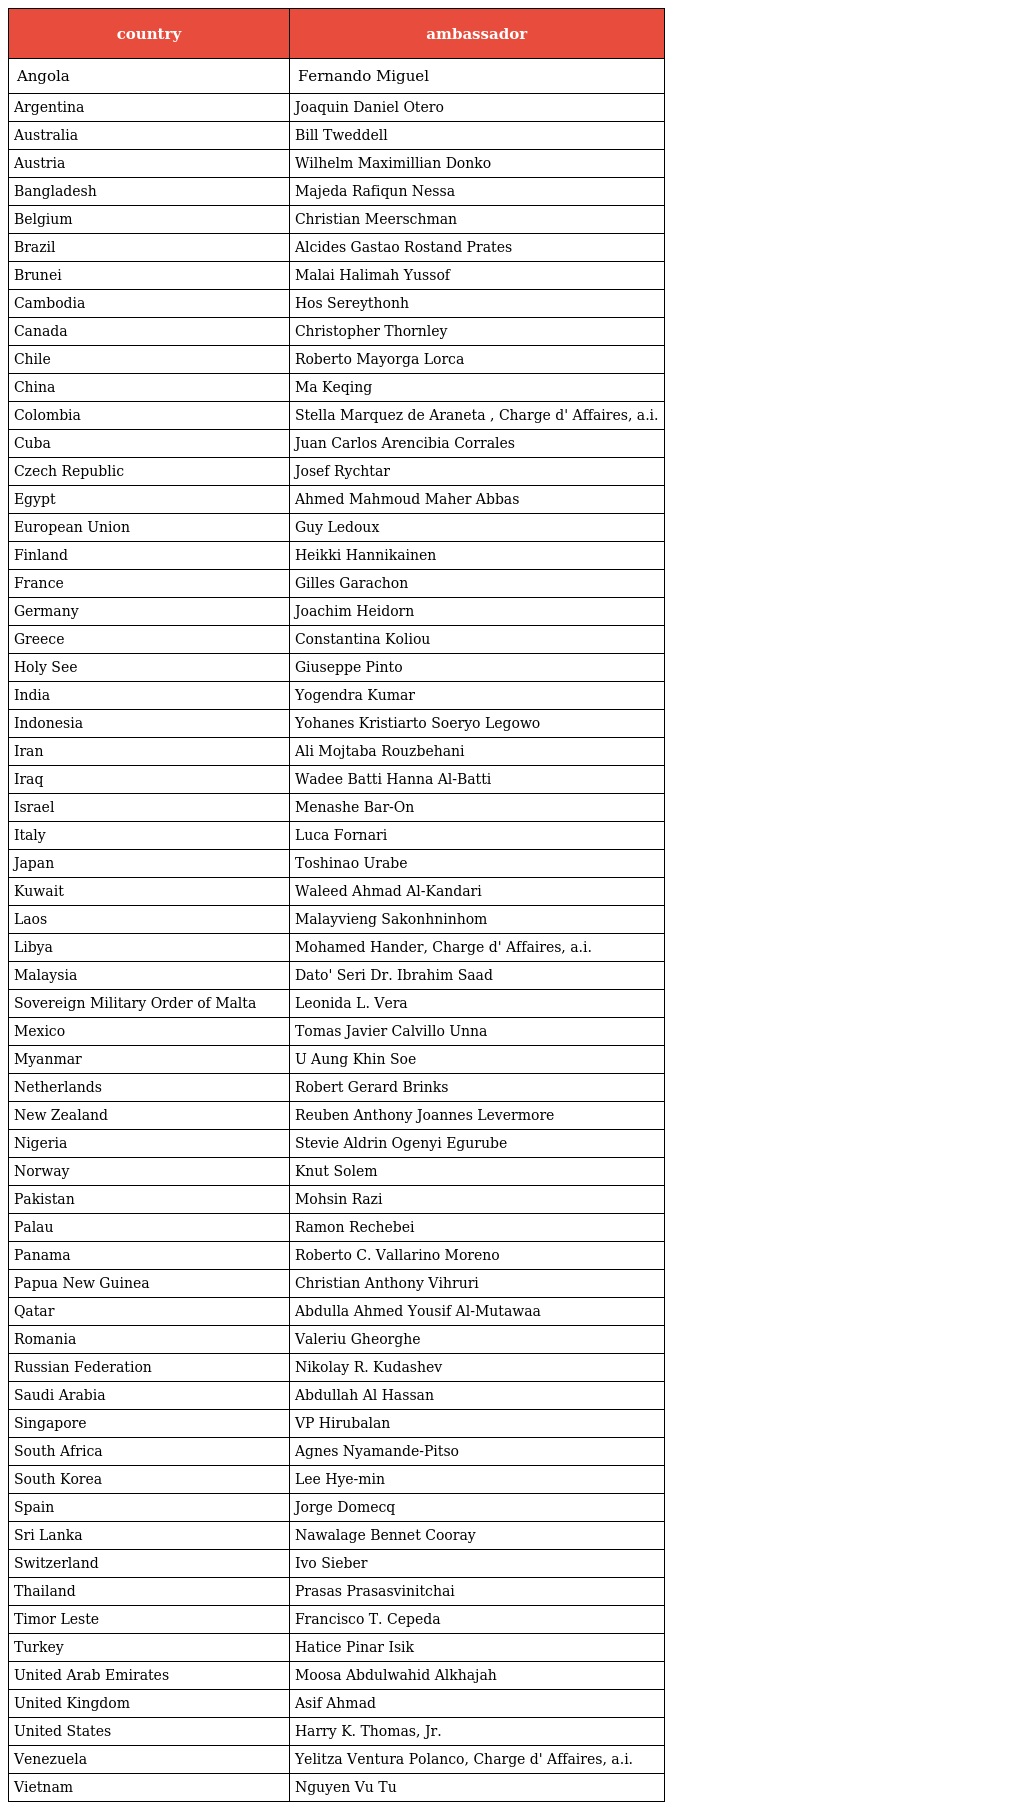
| country | ambassador |
 | --- | --- |
 | Angola | Fernando Miguel |
 | Argentina | Joaquin Daniel Otero |
 | Australia | Bill Tweddell |
 | Austria | Wilhelm Maximillian Donko |
 | Bangladesh | Majeda Rafiqun Nessa |
 | Belgium | Christian Meerschman |
 | Brazil | Alcides Gastao Rostand Prates |
 | Brunei | Malai Halimah Yussof |
 | Cambodia | Hos Sereythonh |
 | Canada | Christopher Thornley |
 | Chile | Roberto Mayorga Lorca |
 | China | Ma Keqing |
 | Colombia | Stella Marquez de Araneta , Charge d' Affaires, a.i. |
 | Cuba | Juan Carlos Arencibia Corrales |
 | Czech Republic | Josef Rychtar |
 | Egypt | Ahmed Mahmoud Maher Abbas |
 | European Union | Guy Ledoux |
 | Finland | Heikki Hannikainen |
 | France | Gilles Garachon |
 | Germany | Joachim Heidorn |
 | Greece | Constantina Koliou |
 | Holy See | Giuseppe Pinto |
 | India | Yogendra Kumar |
 | Indonesia | Yohanes Kristiarto Soeryo Legowo |
 | Iran | Ali Mojtaba Rouzbehani |
 | Iraq | Wadee Batti Hanna Al-Batti |
 | Israel | Menashe Bar-On |
 | Italy | Luca Fornari |
 | Japan | Toshinao Urabe |
 | Kuwait | Waleed Ahmad Al-Kandari |
 | Laos | Malayvieng Sakonhninhom |
 | Libya | Mohamed Hander, Charge d' Affaires, a.i. |
 | Malaysia | Dato' Seri Dr. Ibrahim Saad |
 | Sovereign Military Order of Malta | Leonida L. Vera |
 | Mexico | Tomas Javier Calvillo Unna |
 | Myanmar | U Aung Khin Soe |
 | Netherlands | Robert Gerard Brinks |
 | New Zealand | Reuben Anthony Joannes Levermore |
 | Nigeria | Stevie Aldrin Ogenyi Egurube |
 | Norway | Knut Solem |
 | Pakistan | Mohsin Razi |
 | Palau | Ramon Rechebei |
 | Panama | Roberto C. Vallarino Moreno |
 | Papua New Guinea | Christian Anthony Vihruri |
 | Qatar | Abdulla Ahmed Yousif Al-Mutawaa |
 | Romania | Valeriu Gheorghe |
 | Russian Federation | Nikolay R. Kudashev |
 | Saudi Arabia | Abdullah Al Hassan |
 | Singapore | VP Hirubalan |
 | South Africa | Agnes Nyamande-Pitso |
 | South Korea | Lee Hye-min |
 | Spain | Jorge Domecq |
 | Sri Lanka | Nawalage Bennet Cooray |
 | Switzerland | Ivo Sieber |
 | Thailand | Prasas Prasasvinitchai |
 | Timor Leste | Francisco T. Cepeda |
 | Turkey | Hatice Pinar Isik |
 | United Arab Emirates | Moosa Abdulwahid Alkhajah |
 | United Kingdom | Asif Ahmad |
 | United States | Harry K. Thomas, Jr. |
 | Venezuela | Yelitza Ventura Polanco, Charge d' Affaires, a.i. |
 | Vietnam | Nguyen Vu Tu |